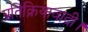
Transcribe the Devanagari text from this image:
प्रतिक्रियावादी।